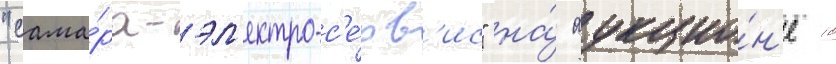
"сама́ра-эл'ектро-с'е́рв'ис" на́ аукцио́н'е 10